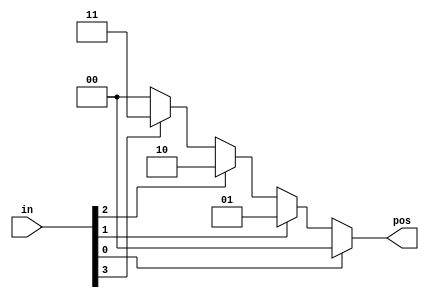
module top_module (
    input [3:0] in,
    output reg [1:0] pos  );
    always @(*) begin
        if (in[0]==1'b1)
            pos = 0;
        else if (in[1]==1'b1)
            pos = 1;
        else if (in[2]==1'b1)
            pos = 2;
        else if (in[3]==1'b1)
            pos = 3;
        else
            pos = 0;
    end
endmodule